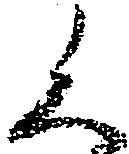
く